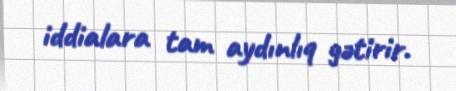
iddialara tam aydınlıq gətirir.